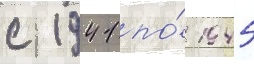
с 1941 по́ 1945